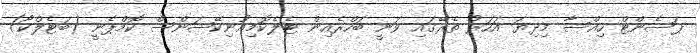
ޕަސެންޓް ހިއްސާ މިދިޔަ އަހަރު ތެރޭގައި ވަނީ ބަހްރެއިން ޓެލެކޮމިއުނިކޭޝަންސް ކޮމްޕެނީ (ބަޓެލްކޯ)